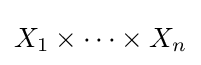
X_{1}\times \cdots \times X_{n}